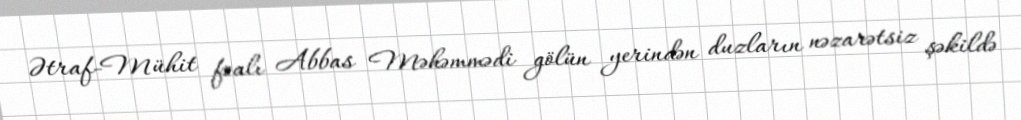
Ətraf-Mühit fəalı Abbas Məhəmmədi gölün yerindən duzların nəzarətsiz şəkildə